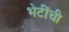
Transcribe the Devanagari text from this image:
भेटींची